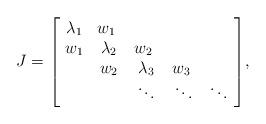
LaTeX: \begin{align*}J = \begin{bmatrix} \ \lambda_{1} & w_{1}\ \\\ w_{1} & \lambda_{2} & w_{2}\ \\\ & w_{2} & \lambda_{3} & w_{3}\ \\\ & & \ddots & \ddots & \ddots\ \end{bmatrix}\!,\end{align*}